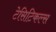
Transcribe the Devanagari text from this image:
टेसिटिकल्स